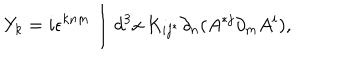
Y _ { k } = i \epsilon ^ { k n m } \int d ^ { 3 } x \, K _ { i j ^ { * } } \partial _ { n } ( A ^ { * j } \partial _ { m } A ^ { i } ) ,